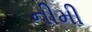
નીમી